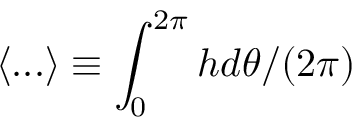
\langle . . . \rangle \equiv \int _ { 0 } ^ { 2 \pi } h { d \theta } / { ( 2 \pi ) }